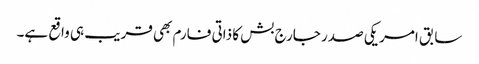
سابق امریکی صدر جارج بش کا ذاتی فارم بھی قریب ہی واقع ہے۔